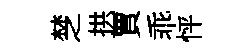
椘拱賈乖怦